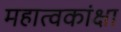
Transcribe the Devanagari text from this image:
महात्वकांक्षा